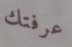
عرفتك